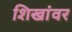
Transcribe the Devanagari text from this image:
शिखांवर